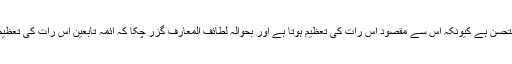
جواب : جائز ومستحسن ہے کیونکہ اس سے مقصود اس رات کی تعظیم ہوتا ہے اور بحوالہ لطائِفُ المعارف گزر چکا کہ ائمہ تابعین اس رات کی تعظیم کیا کرتے تھے ۔